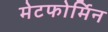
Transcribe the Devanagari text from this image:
मेटफोर्मिन